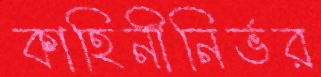
কাহিনীনির্ভর